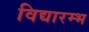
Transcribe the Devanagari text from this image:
विद्यारम्भ